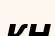
кн